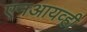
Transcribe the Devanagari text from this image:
एनआयव्ही